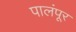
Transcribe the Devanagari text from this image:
पालंपूर